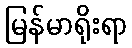
မြန်မာရိုးရာ